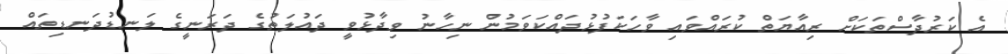
އެ ކަރުދާސްތަކަށް ރިއާޔަތް ކުރައްވައި ވާހަކަފުޅުދައްކަވަމުން ނިހާނު ވިދާޅުވީ ދައުލަތުގެ ދަރަނީގެ ލަނޑުދަނޑިތައް